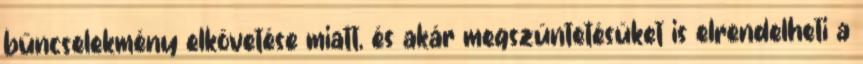
bűncselekmény elkövetése miatt, és akár megszüntetésüket is elrendelheti a